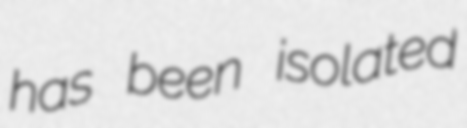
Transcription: has been isolated